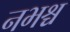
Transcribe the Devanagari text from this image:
नभश्च